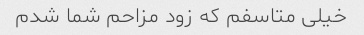
خیلی متاسفم که زود مزاحم شما شدم